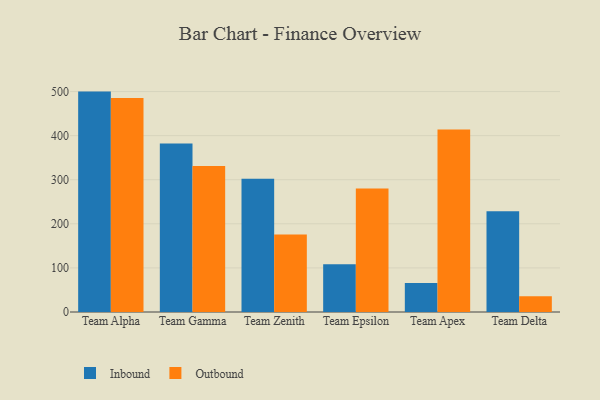
{"axis": {"x": "Team", "y": "Customer Acquisition Cost (USD)"}, "legend": ["Inbound", "Outbound"], "data": [{"x": "Team Alpha", "y": 499.9, "type": "Inbound"}, {"x": "Team Alpha", "y": 485.3, "type": "Outbound"}, {"x": "Team Gamma", "y": 382.4, "type": "Inbound"}, {"x": "Team Gamma", "y": 331.3, "type": "Outbound"}, {"x": "Team Zenith", "y": 302.2, "type": "Inbound"}, {"x": "Team Zenith", "y": 176.0, "type": "Outbound"}, {"x": "Team Epsilon", "y": 108.3, "type": "Inbound"}, {"x": "Team Epsilon", "y": 279.9, "type": "Outbound"}, {"x": "Team Apex", "y": 65.6, "type": "Inbound"}, {"x": "Team Apex", "y": 414.1, "type": "Outbound"}, {"x": "Team Delta", "y": 228.4, "type": "Inbound"}, {"x": "Team Delta", "y": 35.5, "type": "Outbound"}]}